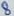
Text: 8